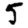
Digit: 5